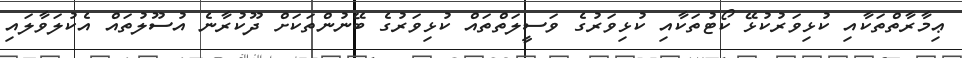
ޢިމާރާތްތަކާއި ކުޅިވަރުކުޅޭ ކޯޓުތަކާއި ކުޅިވަރުގެ ވަސީލަތްތައް ކުޅިވަރުގެ ބޭނުންތަކަށް ދޫކުރާނެ އުސޫލުތައް އެކުލަވާލައި